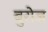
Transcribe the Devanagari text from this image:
बुरोज